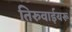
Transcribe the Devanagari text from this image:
तिरुवाईयरू